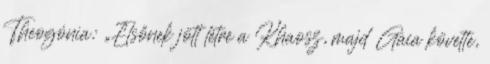
Theogónia: „Elsőnek jött létre a Khaosz, majd Gaia követte,